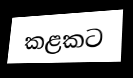
කළකට